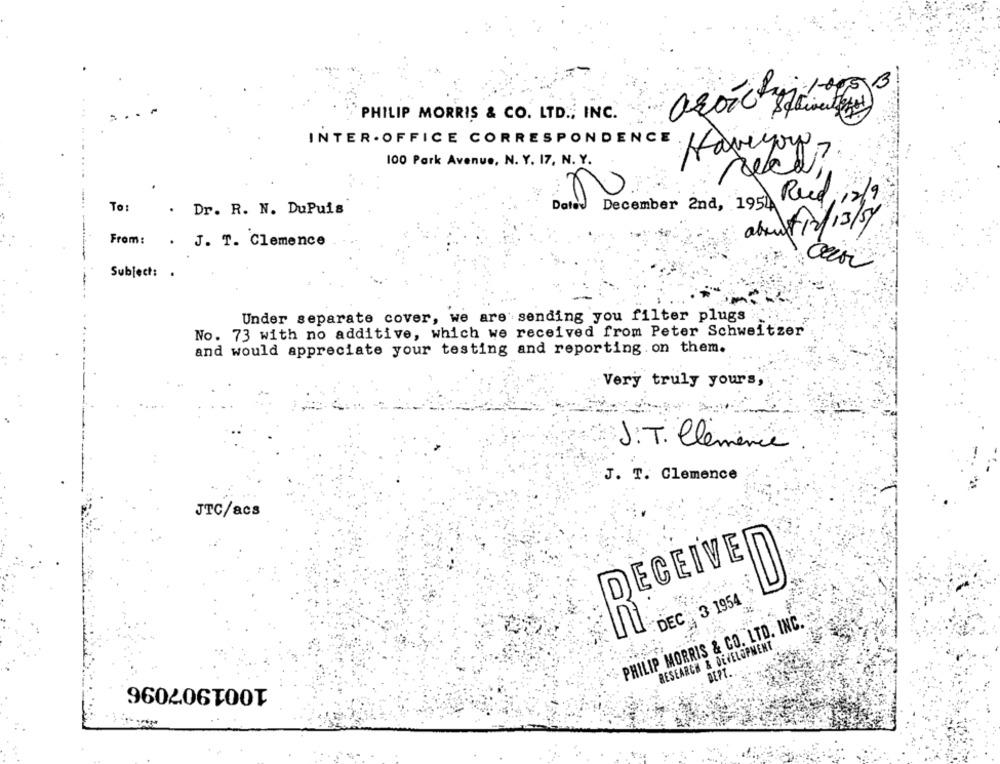
B
azoichi
PHILIP MORRIS & CO. LTD ., INC.
INTER . OFFICE CORRESPONDENCE
100 Park Avenue, N. Y. 17, N. Y.
Reed,
December 2nd, 1954
To:
. Dr. R. N. DuPuis
about 12/13/54
From:
. J. T. Clemence
Subject: .
Under separate cover, we are sending you filter plugs
No. 73 with no additive, which we received from Peter Schweitzer
and would appreciate your testing and reporting on them.
Very truly yours,
J.T. Clémence
J. T. Clemence
JTC/acs
DECEIVE
DEC : 3 1954
nì
PHILIP MORRIS & CO. LTD. INC.
RESEARCH & DEVELOPMENT
DEPT.
1001907096